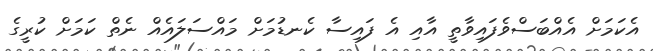
އެކަމަށް އެއްބަސްވެފައިވާތީ އާއި އެ ފައިސާ ކެނޑުމަށް މައްސަލައެއް ނެތް ކަމަށް ކުރީގެ